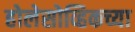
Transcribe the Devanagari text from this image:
होलेसोव्हिकच्या